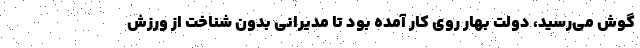
گوش می‌رسید، دولت بهار روی کار آمده بود تا مدیرانی بدون شناخت از ورزش